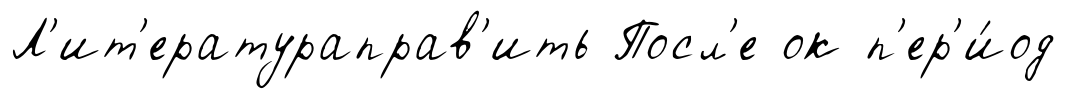
Л'ит'ератураправ'ить Посл'е ок п'ер'и́од